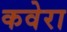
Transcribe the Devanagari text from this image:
कवेरा